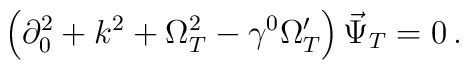
\left(\partial _0^2+k^2+\Omega_T^2-\gamma ^0\Omega_T'\right)\vec\Psi _T=0\,.